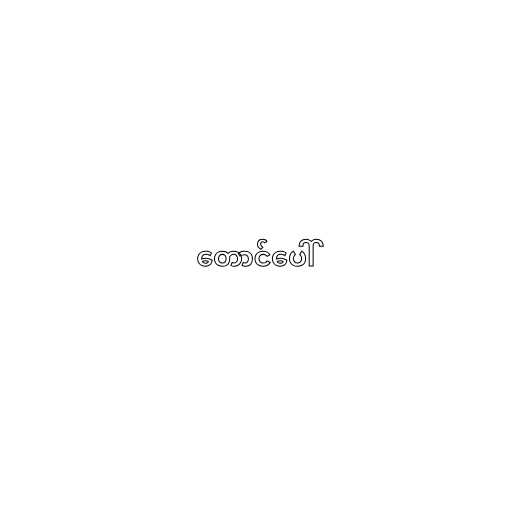
တောင်ပေါ်